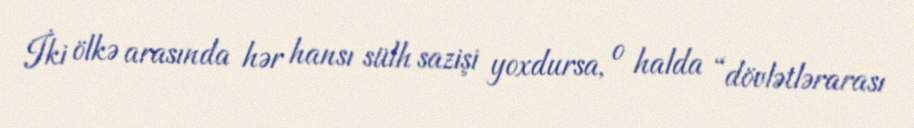
İki ölkə arasında hər hansı sülh sazişi yoxdursa, o halda “dövlətlərarası